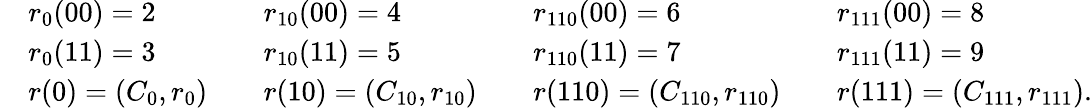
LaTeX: \begin{array}{rlrlrlrl}&{r_{0}(00)=2}&&{r_{10}(00)=4}&&{r_{110}(00)=6}&&{r_{111}(00)=8}\\ &{r_{0}(11)=3}&&{r_{10}(11)=5}&&{r_{110}(11)=7}&&{r_{111}(11)=9}\\ &{r(0)=(C_{0},r_{0})}&&{r(10)=(C_{10},r_{10})}&&{r(110)=(C_{110},r_{110})}&&{r(111)=(C_{111},r_{111}).}\end{array}